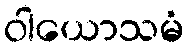
ဝါယောသမံ